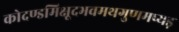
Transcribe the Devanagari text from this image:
कोदण्डमिक्षूदभवमथगुणमप्यड़